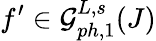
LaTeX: f^{\prime}\in\mathcal{G}_{ph,1}^{L,s}(J)